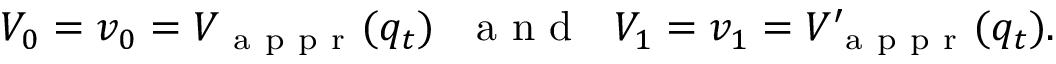
V _ { 0 } = v _ { 0 } = V _ { \mathrm { ~ a ~ p ~ p ~ r ~ } } ( q _ { t } ) \mathrm { ~ \ \ a ~ n ~ d ~ \ \ } V _ { 1 } = v _ { 1 } = V _ { \mathrm { ~ a ~ p ~ p ~ r ~ } } ^ { \prime } ( q _ { t } ) .